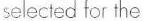
selected for the